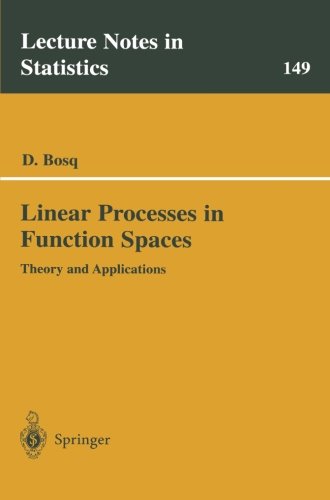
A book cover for Linear Processes in Function Spaces: Theory and Applications (Lecture Notes in Statistics); Denis Bosq; Science & Math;